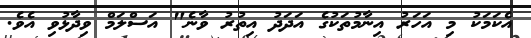
އެކަމަކު މި އަހަރު އިނާމުތަކުގެ އަދަދު އިތުރު ވާނެ" އަސްލަމް ވިދާޅުވި އެވެ.